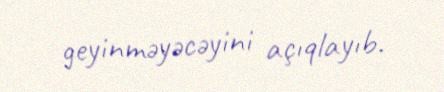
geyinməyəcəyini açıqlayıb.